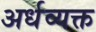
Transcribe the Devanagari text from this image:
अर्धव्यक्त